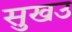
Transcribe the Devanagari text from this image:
सुखउ